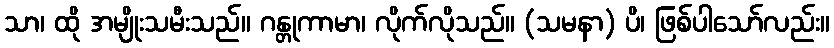
သာ၊ ထို အမျိုးသမီးသည်။ ဂန္တုကာမာ၊ လိုက်လိုသည်။ (သမနာ) ပိ၊ ဖြစ်ပါသော်လည်း။